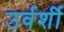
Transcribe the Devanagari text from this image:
उर्वर्शी